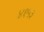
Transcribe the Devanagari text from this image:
४१५३